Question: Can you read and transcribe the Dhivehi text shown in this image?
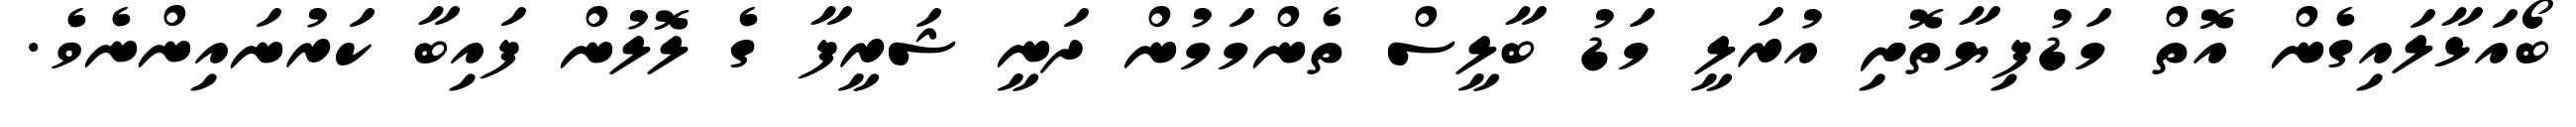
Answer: ބޯއަޅާލައިގެން އޮތް މަޑުފިޔާތޮށި އުރަލީ މަޑު ބާލީސް ތެންމަމުން ދަނީ ޝަރީފާ ގެ ލޮލުން ފައިބާ ކަރުނައިންނެވެ.